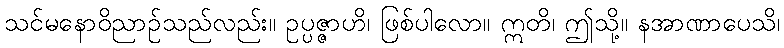
သင်မနောဝိညာဉ်သည်လည်း။ ဥပ္ပဇ္ဇာဟိ၊ ဖြစ်ပါလော။ ဣတိ၊ ဤသို့။ နအာဏာပေသိ၊